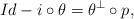
\begin{align*}Id -i \circ \theta = \theta^{\perp} \circ p,\end{align*}